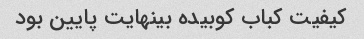
کیفیت کباب کوبیده بینهایت پایین بود